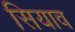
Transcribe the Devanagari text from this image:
सियाव